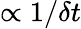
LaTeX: \propto 1/\delta t